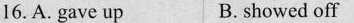
16.A. gave up B. showed off